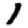
Digit: 1